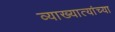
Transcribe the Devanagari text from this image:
व्याख्यात्यांच्या